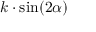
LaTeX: k \cdot \sin ( 2 \alpha )